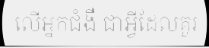
លើអ្នកជំងឺ ជាអ្វីដែលគួរ